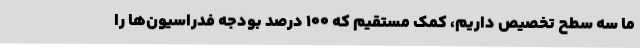
ما سه سطح تخصیص داریم، کمک مستقیم که 100 درصد بودجه فدراسیون‌ها را